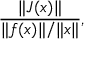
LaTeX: { \frac { \| J ( x ) \| } { \| f ( x ) \| / \| x \| } } ,